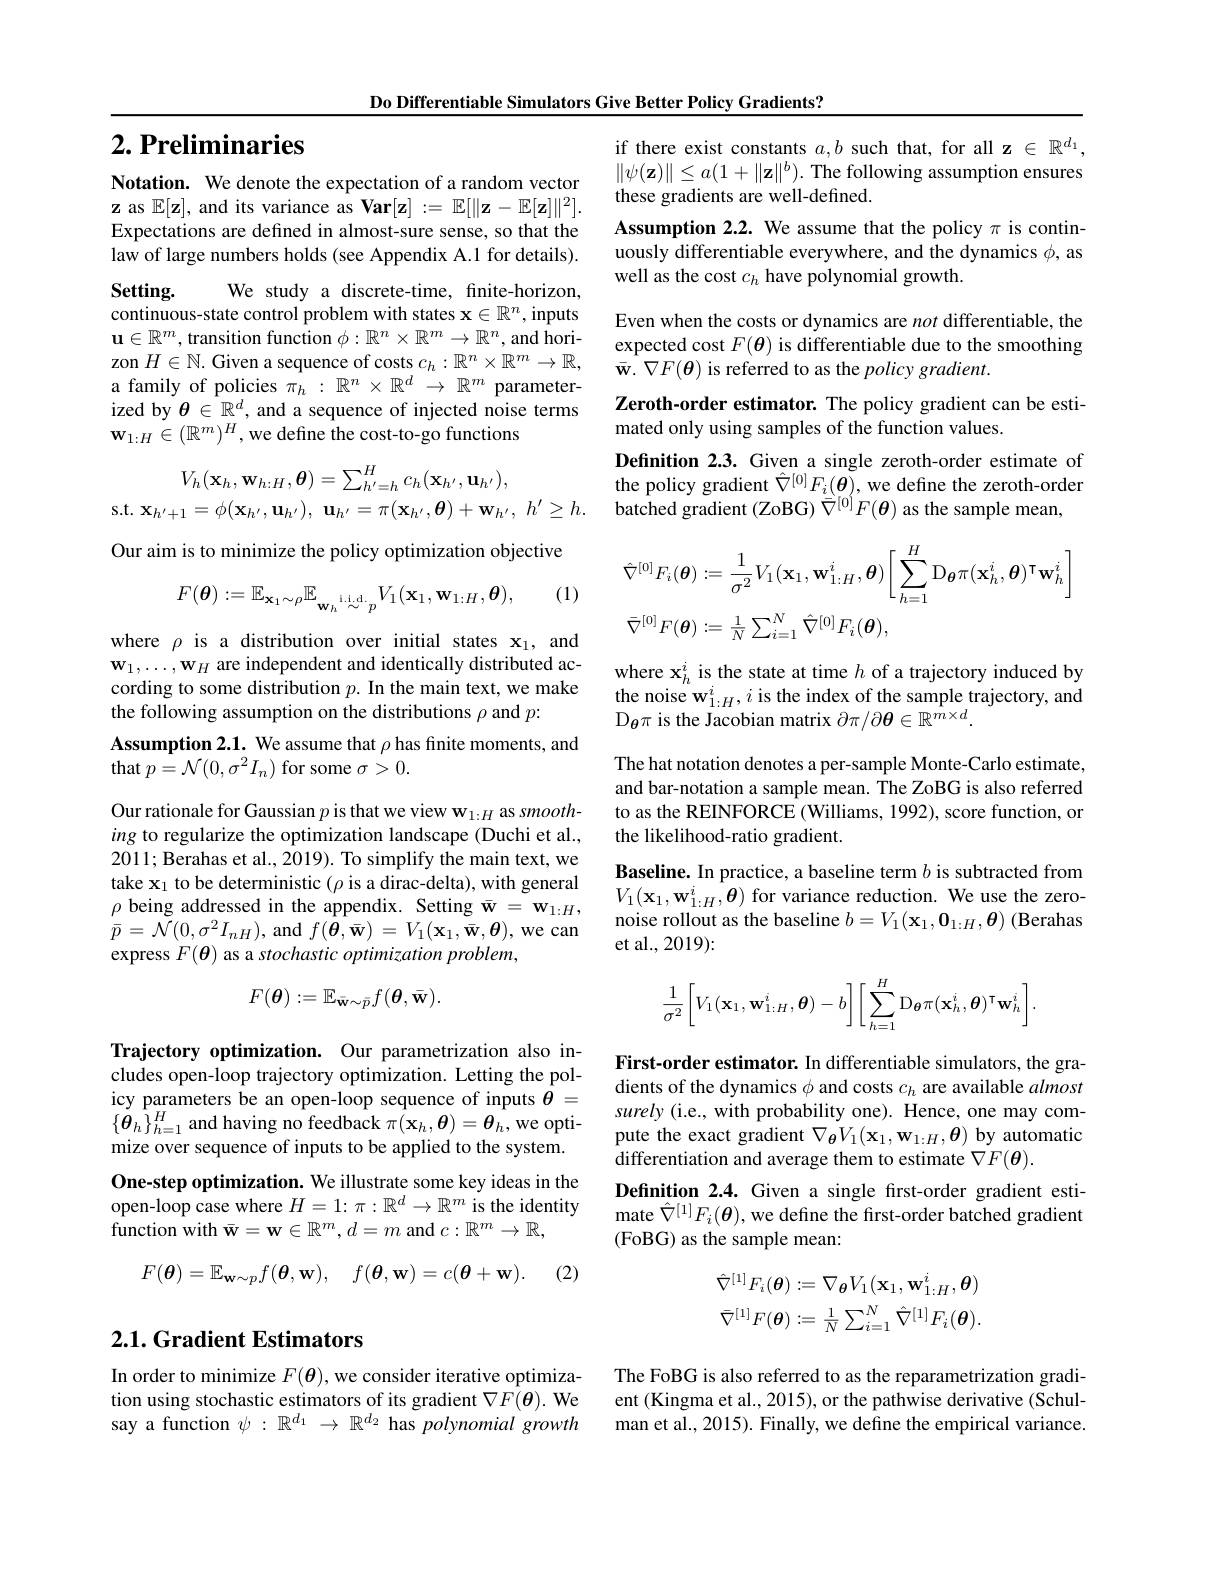
Do Differentiable Simulators Give Better Policy Gradients?

if there exist constants $a,b$ such that, for all z $\in\mathbb{R}^d_1$, $\|\psi(\mathbf{z})\|\leq a(1+\|\mathbf{z}\|^{b}).$ The following assumption ensures these gradients are well-defined.
Assumption 2.2. We assume that the policy $\pi$ is continuously differentiable everywhere, and the dynamics $\phi$, as well as the cost $c_h$ have polynomial growth.

Even when the costs or dynamics are not differentiable, the expected cost $F(\boldsymbol{\theta})$ is differentiable due to the smoothing $\bar{\mathbf{w} } .$ $\nabla F( \boldsymbol{\theta })$ is referred to as the policy gradient.
Zeroth-order estimator. The policy gradient can be esti-
mated only using samples of the function values.
Definition 2.3. Given a single zeroth-order estimate of the policy gradient $\hat{\nabla}^{[0]}F_{i}(\boldsymbol{\theta})$, we define the zeroth-order batched gradient (ZoBG) $\bar{\bar{\nabla}}^{[0]}F(\boldsymbol{\theta})$ as the sample mean,
$$\begin{aligned}&\hat{\nabla}^{[0]}F_{i}(\boldsymbol{\theta}):=\frac{1}{\sigma^{2}}V_{1}(\mathbf{x}_{1},\mathbf{w}_{1:H}^{i},\boldsymbol{\theta})\bigg[\sum_{h=1}^{H}\mathrm{D}_{\boldsymbol{\theta}}\pi(\mathbf{x}_{h}^{i},\boldsymbol{\theta})^{\mathsf{T}}\mathbf{w}_{h}^{i}\bigg]\\&\bar{\nabla}^{[0]}F(\boldsymbol{\theta}):=\frac{1}{N}\sum_{i=1}^{N}\hat{\nabla}^{[0]}F_{i}(\boldsymbol{\theta}),\end{aligned}$$
# $2. \textbf{ Preliminaries}$

Notation. We denote the expectation of a random vector $\mathbf{z}$ as $\mathbb{E}[\mathbf{z}]$, and its variance as Var$[\mathbf{z}]:=\mathbb{E}[\|\mathbf{z}-\mathbb{E}[\mathbf{z}]\|^2].$ Expectations are defined in almost-sure sense, so that the law of large numbers holds (see Appendix A.1 for details).

Setting.

We study a discrete-time, finite-horizon,
continuous-state control problem with states $\mathbf{x}\in\mathbb{R}^n$, inputs $\mathbf{u}\in\mathbb{R}^m$,transition function $\phi:\mathbb{R}^n\times\mathbb{R}^m\to\mathbb{R}^n$, and horizon $H\in\mathbb{N}.$ Given a sequence of costs $c_h:\mathbb{R}^n\times\mathbb{R}^m\to\mathbb{R}$, a family of policies $\hat{\pi_h}:\mathbb{R}^n\times\mathbb{R}^d\to\mathbb{R}^m$ parameterized by $\theta\in\mathbb{R}^d$, and a sequence of injected noise terms $\mathbf{w}_{1:H}\in(\mathbb{R}^{m})^{H}$,we define the cost-to-go functions
$$V_{h}(\mathbf{x}_{h},\mathbf{w}_{h:H},\boldsymbol{\theta})=\sum_{h'=h}^{H}c_{h}(\mathbf{x}_{h'},\mathbf{u}_{h'}),$$
s.t. $\mathbf{x} _{h^{\prime }+ 1}= \phi ( \mathbf{x} _{h^{\prime }}, \mathbf{u} _{h^{\prime }}) $, $\mathbf{u} _{h^{\prime }}= \pi ( \mathbf{x} _{h^{\prime }}, \boldsymbol{\theta }) + \mathbf{w} _{h^{\prime }}$, $h^{\prime }\geq h.$
Our aim is to minimize the policy optimization objective
(1)
$$F(\boldsymbol{\theta}):=\mathbb{E}_{\mathbf{x}_{1}\sim\rho}\mathbb{E}_{\mathbf{w}_{h}\stackrel{\mathrm{i.i.d.}}{\sim}p}V_{1}(\mathbf{x}_{1},\mathbf{w}_{1:H},\boldsymbol{\theta}),$$
where $\rho$ is a distribution over initial states $\mathbf{x}_1$, and $\mathbf{w}_1,\ldots,\mathbf{w}_H$ are independent and identically distributed according to some distribution $p. \textbf{In the main text, we make}$ the following assumption on the distributions $\rho$ and $p:$
Assumption 2.1. We assume that $\rho$ has finite moments, and
that $p=\mathcal{N}(0,\sigma^{2}I_{n})$ for some $\sigma>0.$

Our rationale for Gaussian $p$ is that we view w$_1:H$ as smoothing to regularize the optimization landscape (Duchi et al., 2011; Berahas et al., 2019). To simplify the main text, we take $\mathbf{x}_1$ to be deterministic $(\rho$ is a dirac-delta), with general $\rho$ being addressed in the appendix. Setting $\bar{\mathbf{w}}=\mathbf{w}_1:H$, $\bar{p}=\mathcal{N}(0,\sigma^{2}I_{nH})$, and $f(\boldsymbol{\theta},\bar{\mathbf{w}})=V_{1}(\mathbf{x}_{1},\bar{\mathbf{w}},\boldsymbol{\theta})$, we can express $F(\boldsymbol{\theta})$ as a stochastic optimization problem,
$$F(\boldsymbol{\theta}):=\mathbb{E}_{\bar{\mathbf{w}}\sim\bar{p}}f(\boldsymbol{\theta},\bar{\mathbf{w}}).$$
Trajectory optimization. Our parametrization also includes open-loop trajectory optimization. Letting the policy parameters be an open-loop sequence of inputs $\theta=$ $\{\dot{\boldsymbol{\theta}}_{h}\}_{h=1}^{H}$ and having no feedback $\pi(\mathbf{x}_{h},\boldsymbol{\theta})=\boldsymbol{\theta}_{h}$,we optimize over sequence of inputs to be applied to the system. One-step optimization. We illustrate some key ideas in the open-loop case where $H=1:\pi:\mathbb{R}^d\to\mathbb{R}^m$ is the identity function with $\bar{\mathbf{w}}=\mathbf{w}\in\mathbb{R}^m,d=m$ and $c:\mathbb{R}^m\to\mathbb{R}$,
$$F(\boldsymbol{\theta})=\mathbb{E}_{\mathbf{w}\sim p}f(\boldsymbol{\theta},\mathbf{w}),\quad f(\boldsymbol{\theta},\mathbf{w})=c(\boldsymbol{\theta}+\mathbf{w}).$$
(2)

### $2. 1. \textbf{Gradient Estimators}$

In order to minimize $F(\boldsymbol{\theta})$, we consider iterative optimiza- The FoBG is also referred to as the reparametrization gradi-
tion using stochastic estimators of its gradient $\nabla F(\boldsymbol{\theta}).$ We say a function $\psi:\mathbb{R}^d_1\to\mathbb{R}^{d_2}$ has polynomial growth

where $\mathbf{x}_h^i$ is the state at time $h$ of a trajectory induced by the noise w$_1:H^{i},i$ is the index of the sample trajectory, and $D_{\theta }\pi$ is the Jacobian matrix $\partial \pi / \partial \boldsymbol{\theta }\in \mathbb{R^{m\times d}} .$
The hat notation denotes a per-sample Monte-Carlo estimate, and bar-notation a sample mean. The ZoBG is also referred to as the REINFORCE (Williams, 1992), score function, or the likelihood-ratio gradient.
Baseline. In practice, a baseline term $b$ is subtracted from $V_{1}(\mathbf{x}_{1},\mathbf{w}_{1:H}^{i},\mathbf{\theta})$ for variance reduction. We use the zeronoise rollout as the baseline $b=V_1(\mathbf{x}_1,\mathbf{0}_{1:H},\boldsymbol{\theta})$ (Berahas et al., 2019):
$$\frac{1}{\sigma^2}\bigg[V_1(\mathbf{x}_1,\mathbf{w}_{1:H}^i,\boldsymbol{\theta})-b\bigg]\bigg[\sum_{h=1}^H\mathrm{D}_{\boldsymbol{\theta}}\pi(\mathbf{x}_h^i,\boldsymbol{\theta})^\intercal\mathbf{w}_h^i\bigg].$$
First-order estimator. In differentiable simulators, the gradients of the dynamics $\phi$ and costs $c_h$ are available almost surely (i.e., with probability one). Hence, one may compute the exact gradient $\nabla_{\boldsymbol{\theta}}V_{1}(\mathbf{x}_{1},\mathbf{w}_{1:H},\boldsymbol{\theta})$ by automatic differentiation and average them to estimate $\nabla F(\boldsymbol{\theta}).$
Definition 2.4. Given a single frst-order gradient estimate $\hat{\nabla}^{[1]}F_{i}(\boldsymbol{\theta})$,we define the first-order batched gradient (FoBG) as the sample mean:
$$\begin{aligned}\hat\nabla^{[1]}F_{i}(\boldsymbol\theta)&:=\nabla_{\boldsymbol\theta}V_{1}(\mathbf{x}_{1},\mathbf{w}_{1:H}^{i},\boldsymbol\theta)\\\bar\nabla^{[1]}F(\boldsymbol\theta)&:=\frac{1}{N}\sum_{i=1}^{N}\hat\nabla^{[1]}F_{i}(\boldsymbol\theta).\end{aligned}$$
ent (Kingma et al., 2015), or the pathwise derivative (Schulman et al., 2015). Finally, we define the empirical variance.